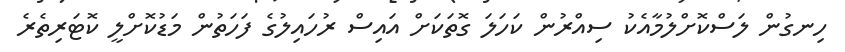
ހިނގުން ލަސްކޮށްލުމާއެކު ސިއްރުން ކަހަލަ ގޮތަކަށް އައިސް ރުހައިލުގެ ފަހަތުން މަޑުކޮށްލީ ކޮޓަރިތެރެ